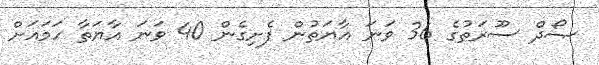
ޞޯދް ސޫރަތުގެ 36 ވަނަ އާޔަތުން ފެށިގެން 40 ވަނަ އާޔަތާ ހަމައަށް